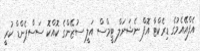
އެފްއޭއެމުގެ ޑިރެކްޓާ އޮފް ނެޝަނަލް ޓީމްސް އަލީ ސުޒޭންގެ ކޮއްކޮ ސަސްޕެންޑް ކުރީ